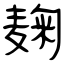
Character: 麹